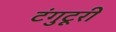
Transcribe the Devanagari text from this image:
टंगुटूरी